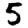
Digit: 5